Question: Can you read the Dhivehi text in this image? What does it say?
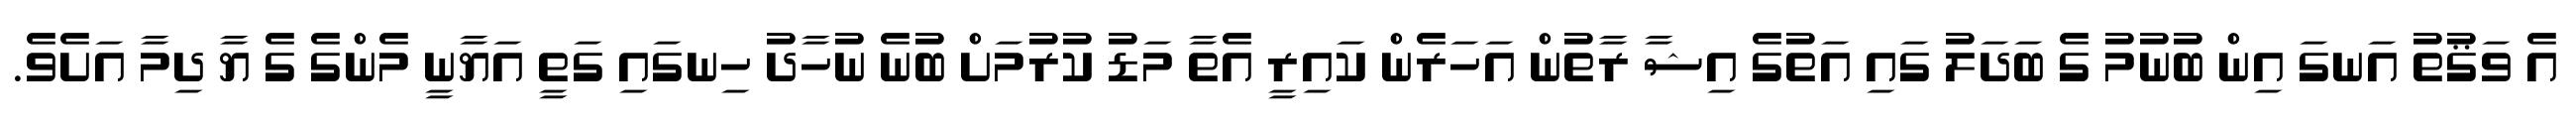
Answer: އެ ވަޤުތު އަނގަ އިން ބުނުމު ގެ ބަދަލު ގައި އަތުގެ އިޝާ ރާތުން އަހަރެން ކައިރީ އެތާ މަޑު ކުރުމަށް ބުނެ ނުހާދު ހިނގައި ގަތީ އަޔާނީ މެންގެ ގެ ޔާ ދިމާ އަށެވެ.